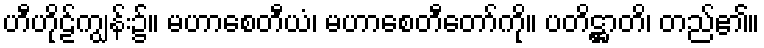
ဟီဟိုဠ်ကျွန်း၌။ မဟာစေတီယံ၊ မဟာစေတီတော်ကို။ ပတိဋ္ဌာတိ၊ တည်၏။